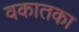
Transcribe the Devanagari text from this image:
वकातका